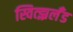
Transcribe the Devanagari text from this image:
स्वित्झ्रर्लँड